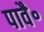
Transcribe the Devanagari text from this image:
पावै॰